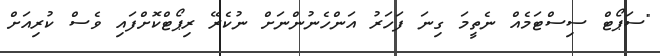
"ސަޕޯޓް ސިސްޓަމެއް ނެތީމަ ގިނަ ފަހަރު އަންހެނުންނަށް ނުކެރޭ ރިޕޯޓްކޮށްފައި ވެސް ކުރިއަށް